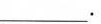
___.